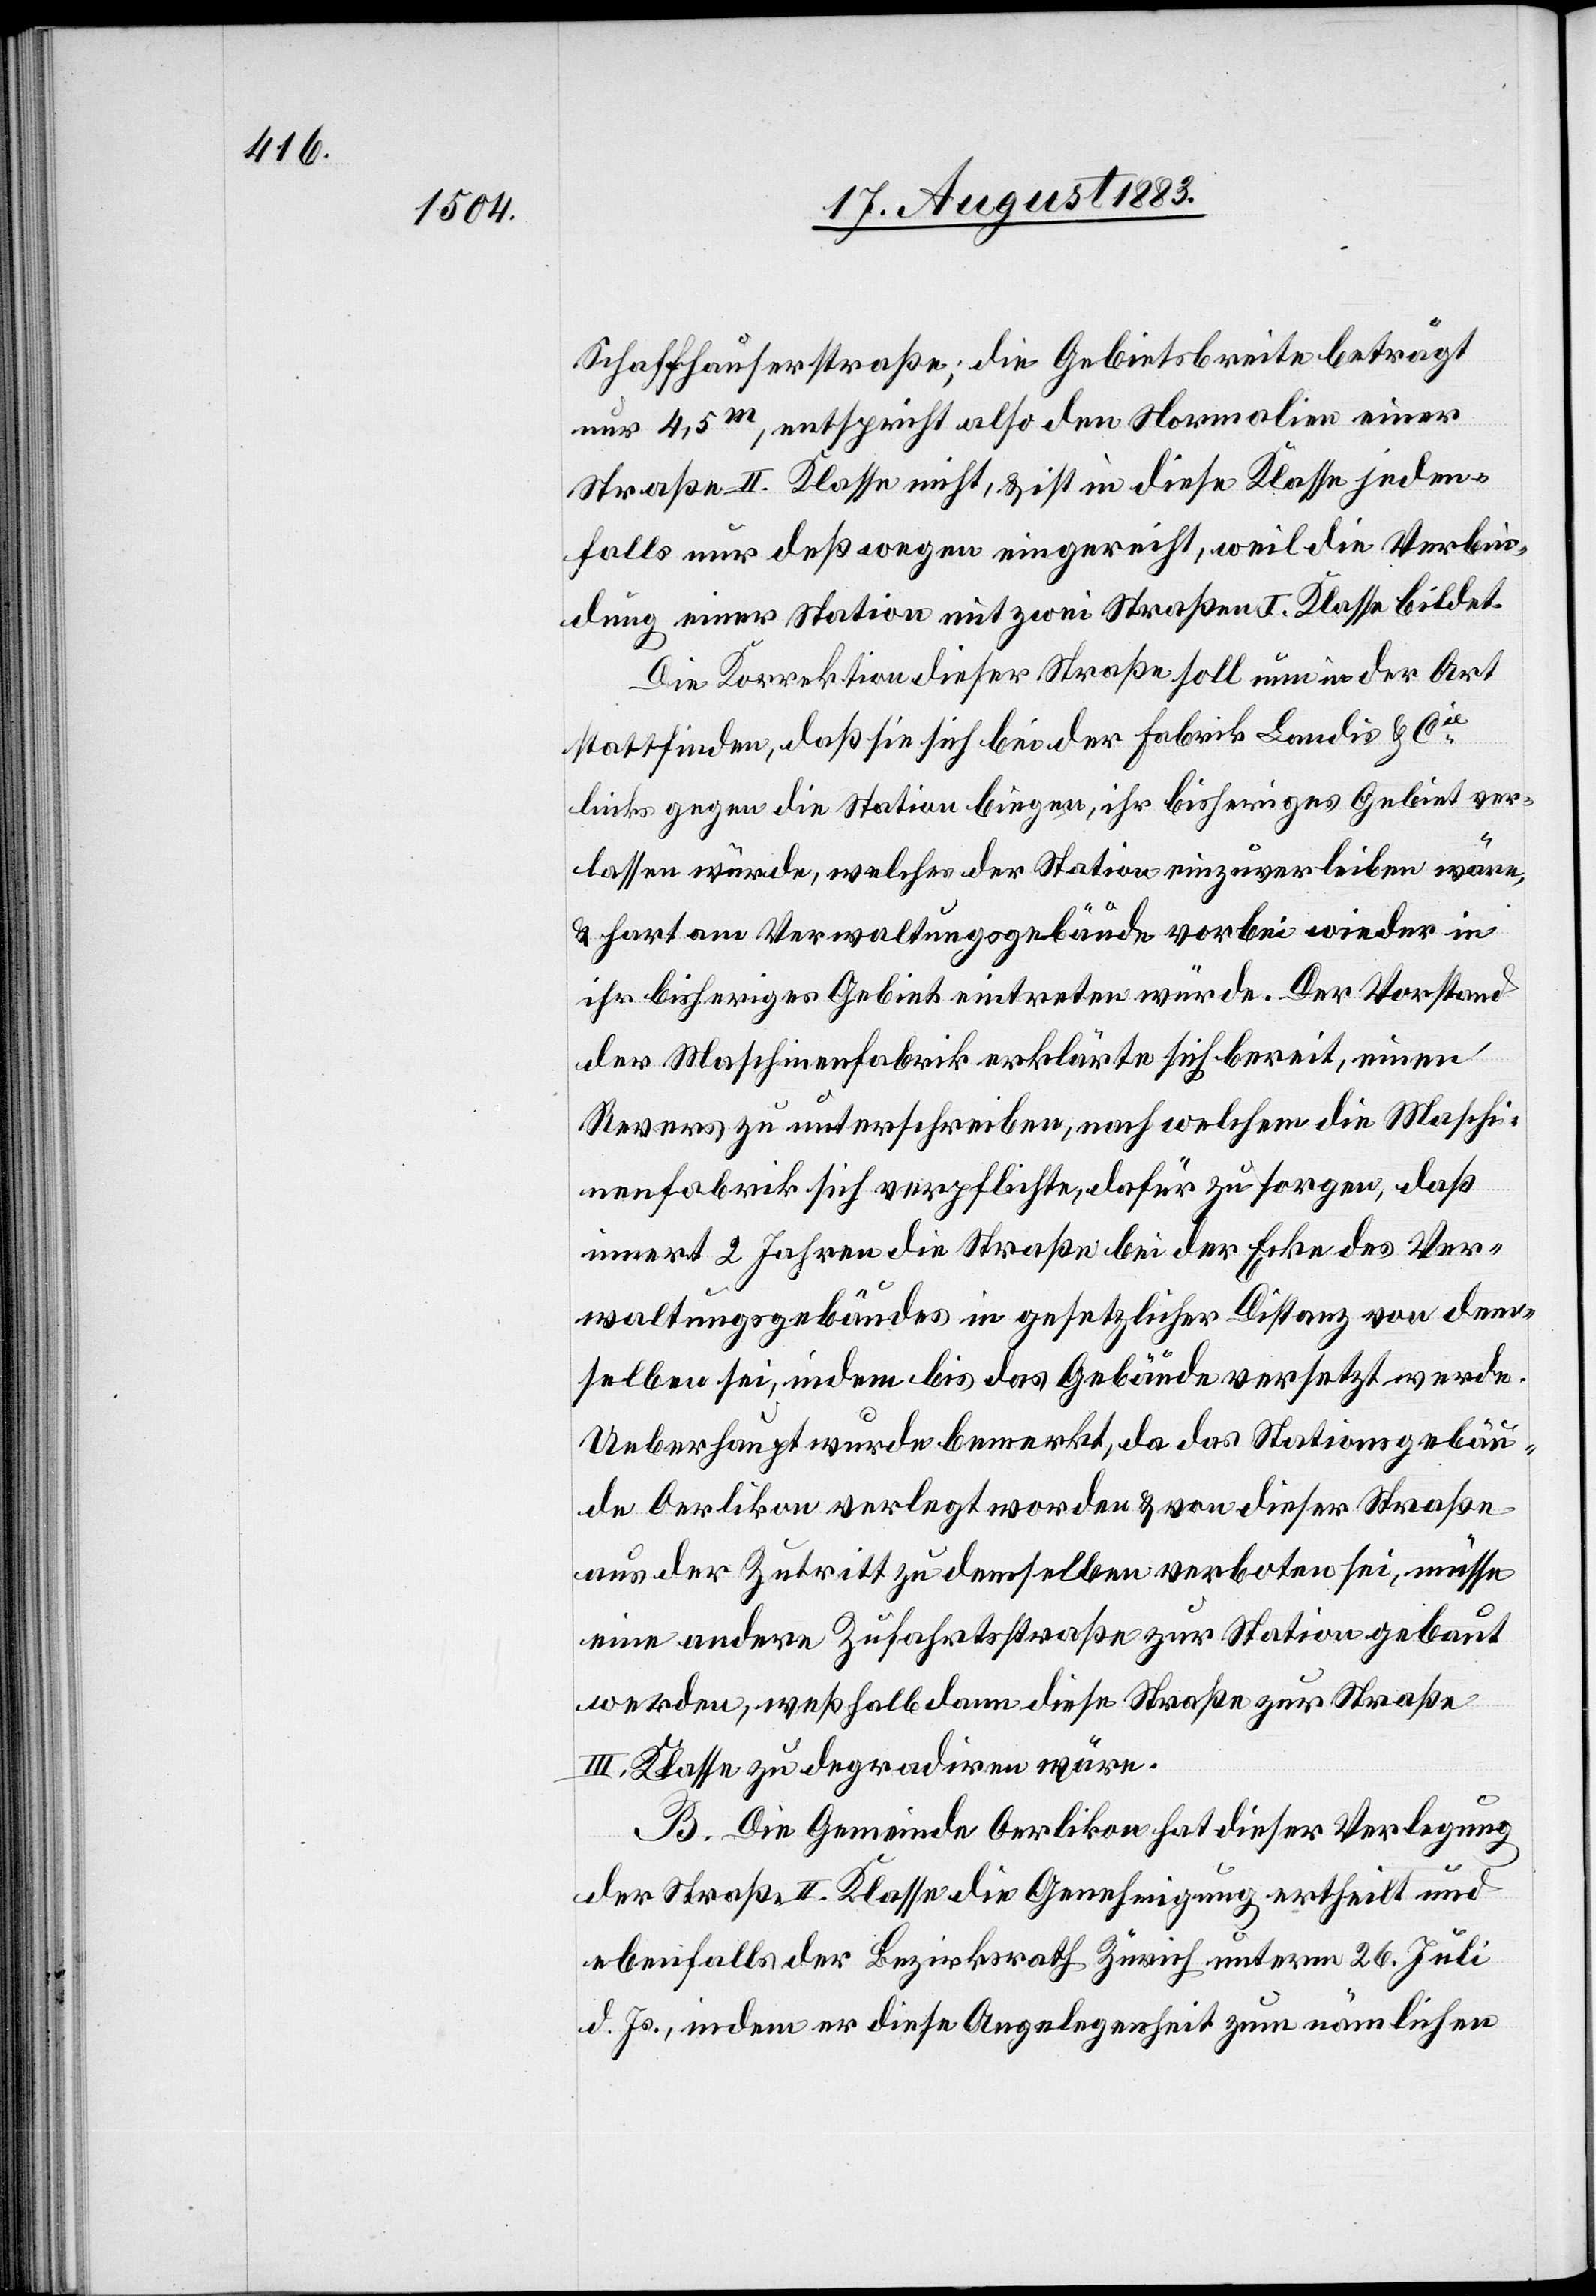
Schaffhauserstraße; die Gebietsbreite beträgt
nur 4,5m, entspricht also den Normalien einer
Straße II. Klasse nicht, & ist in diese Klasse jeden¬
falls nur deßwegen eingereicht, weil [sie] die Verbin¬
dung einer Station mit zwei Straßen I. Klasse bildet.
Die Korrektion dieser Straße soll nun in der Art
stattfinden, daß sie sich bei der Fabrik Landis & Cie
links gegen die Station biegen, ihr bisheriges Gebiet ver¬
lassen würde, welches der Station einzuverleiben wäre,
& hart am Verwaltungsgebäude vorbei wieder in
ihr bisheriges Gebiet eintreten würde. Der Vorstand
der Maschinenfabrik erklärte sich bereit, einen
Revers zu unterschreiben, nach welchem die Maschi¬
nenfabrik sich verpflichte, dafür zu sorgen, daß
innert 2 Jahren die Straße bei der Ecke des Ver¬
waltungsgebäudes in gesetzlicher Distanz von dem¬
selben sei, indem bis das Gebäude versetzt werde
Ueberhaupt wurde bemerkt, da das Stationsgebäu¬
de Oerlikon verlegt worden & von dieser Straße
aus der Zutritt zu demselben verboten sei, müsse
eine andere Zufahrtsstraße zur Station gebaut
werden, weßhalb dann diese Straße zur Straße
III. Klasse zu degradiren wäre.
B. Die Gemeinde Oerlikon hat dieser Verlegung
der Straße II. Klasse die Genehmigung ertheilt und
ebenfalls der Bezirksrath Zürich unterm 26. Juli
d. Js., indem er diese Angelegenheit zum nämlichen